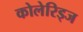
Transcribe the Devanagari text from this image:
कोलेरिड्ज